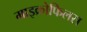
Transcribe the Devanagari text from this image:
माइक्रोफिलस